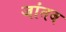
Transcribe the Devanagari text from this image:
जांतब